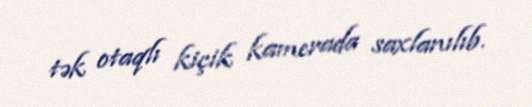
tək otaqlı kiçik kamerada saxlanılıb.